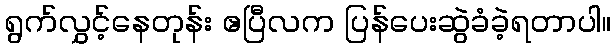
ရွက်လွှင့်နေတုန်း ဧပြီလက ပြန်ပေးဆွဲခံခဲ့ရတာပါ။